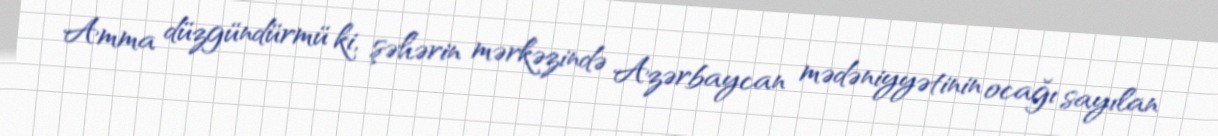
Amma düzgündürmü ki, şəhərin mərkəzində Azərbaycan mədəniyyətinin ocağı sayılan